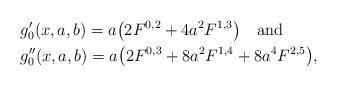
LaTeX: \begin{align*}&g'_0(x,a,b)=a\bigl(2F^{0,2}+4a^2F^{1,3}\bigr)\quad\mbox{and}\\&g''_0(x,a,b)=a\bigl(2F^{0,3}+8a^2F^{1,4}+8a^4F^{2,5}\bigr),\qquad\qquad\qquad\end{align*}